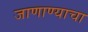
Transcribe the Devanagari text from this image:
जाणाण्याचा